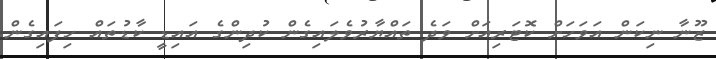
ޒޫނާ ނިކަން އަވަހަށް ކޮޓަރިއަށް ވަދެ ތައްޔާރުވެލައިގެން ކުދިންގެ އައިޑީ ކާޑުތައް ހިފައިގެން